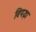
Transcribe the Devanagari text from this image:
विपझ